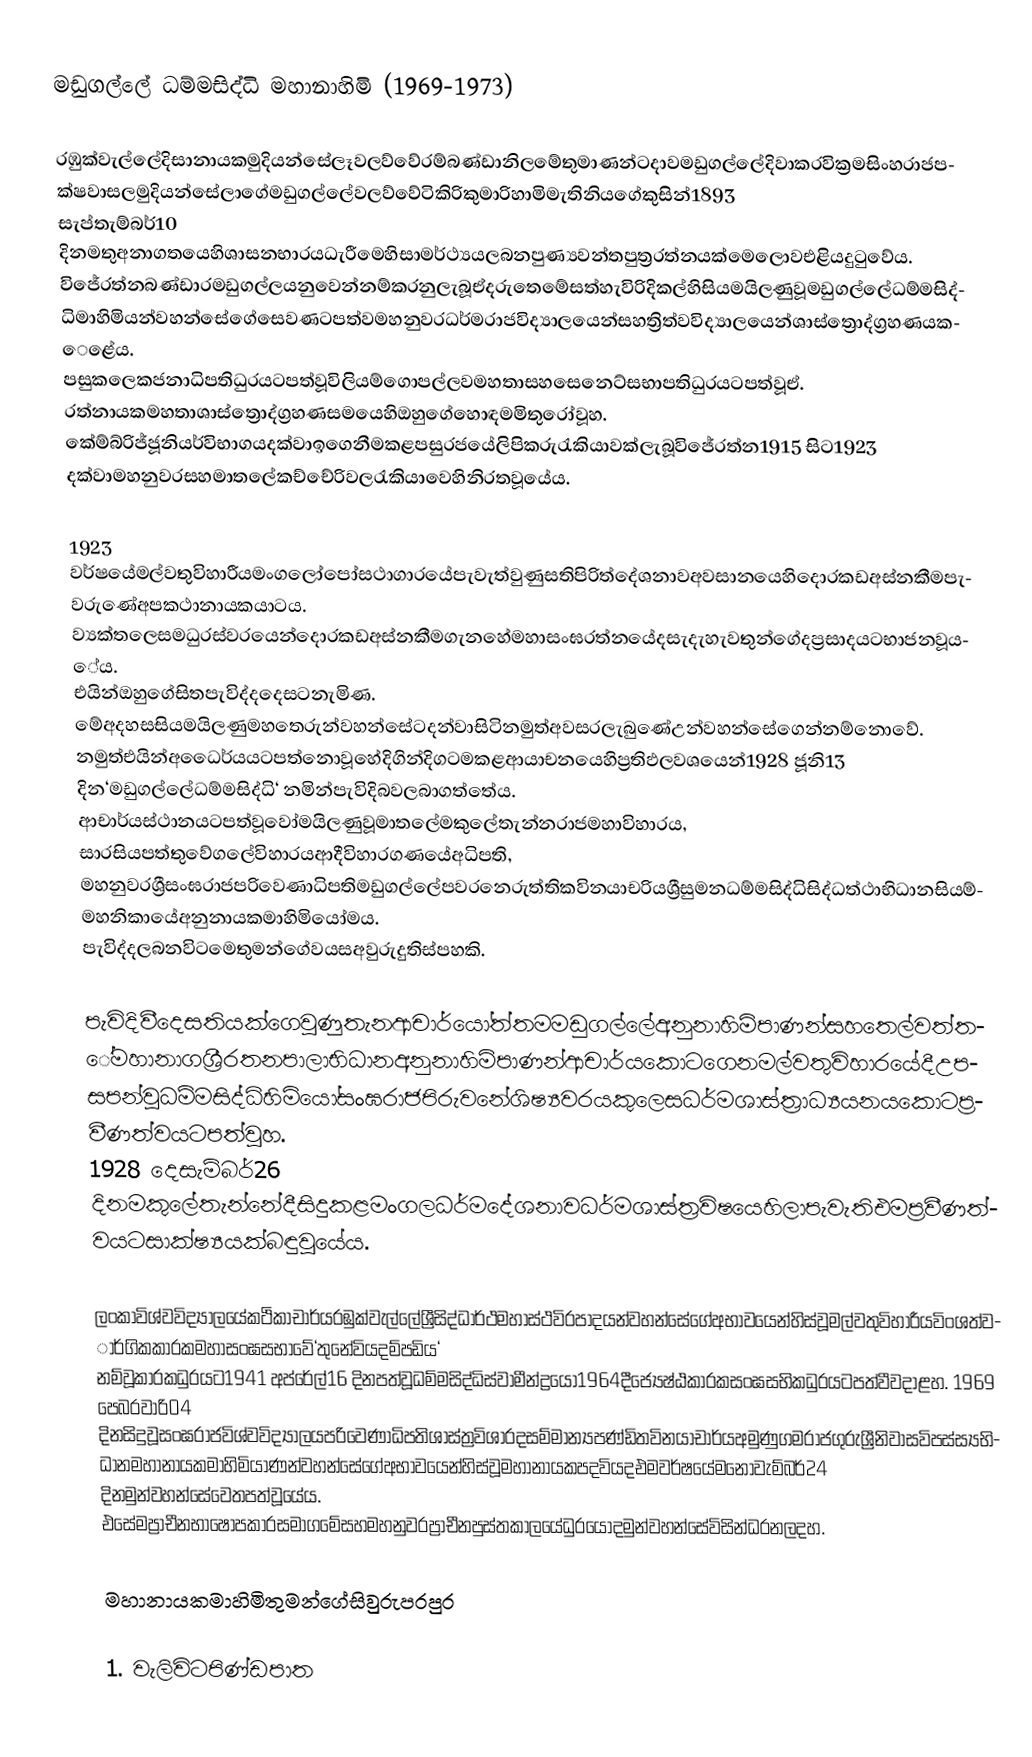
මඩුගල්ලේ ධම්මසිද්ධි මහානාහිමි (1969-1973)

රඹුක්වැල්ලේදිසානායකමුදියන්සේලෑවලව්වේරම්බණ්ඩානිලමේතුමාණන්ටදාවමඩුගල්ලේදිවාකරවික්‍රමසිංහරාජපක්ෂවාසලමුදියන්සේලාගේමඩුගල්ලේවලව්වේටිකිරිකුමාරිහාමිමැතිනියගේකුසින්1893 සැප්තැම්බර්10 දිනමතුඅනාගතයෙහිශාසනභාරයධැරීමෙහිසාමර්ථ්‍යයලබනපුණ්‍යවන්තපුත්‍රරත්නයක්මෙලොවඑළියදුටුවේය. විජේරත්නබණ්ඩාරමඩුගල්ලයනුවෙන්නම්කරනුලැබූඒදරුතෙමේසත්හැවිරිදිකල්හිසියමයිලණුවූමඩුගල්ලේධම්මසිද්ධිමාහිමියන්වහන්සේගේසෙවණටපත්වමහනුවරධර්මරාජවිද්‍යාලයෙන්සහත්‍රිත්වවිද්‍යාලයෙන්ශාස්ත්‍රොද්ග්‍රහණයකෙළේය. පසුකලෙකජනාධිපතිධුරයටපත්වූවිලියම්ගොපල්ලවමහතාසහසෙනෙට්සභාපතිධුරයටපත්වූඒ. රත්නායකමහතාශාස්ත්‍රොද්ග්‍රහණසමයෙහිඔහුගේහොඳමමිතුරෝවූහ. කේම්බ්රිජ්ජූනියර්විභාගයදක්වාඉගෙනීමකළපසුරජයේලිපිකරුරැකියාවක්ලැබූවිජේරත්න1915 සිට1923 දක්වාමහනුවරසහමාතලේකච්චේරිවලරැකියාවෙහිනිරතවූයේය.

1923 වර්ෂයේමල්වතුවිහාරීයමංගලෝපෝසථාගාරයේපැවැත්වුණුසතිපිරිත්දේශනාවඅවසානයෙහිදොරකඩඅස්නකීමපැවරුණේඅපකථානායකයාටය. ව්‍යක්තලෙසමධුරස්වරයෙන්දොරකඩඅස්නකීමගැනහේමහාසංඝරත්නයේදසැදැහැවතුන්ගේදප්‍රසාදයටභාජනවූයේය. එයින්ඔහුගේසිතපැවිද්දදෙසටනැමිණ. මේඅදහසසියමයිලණුමහතෙරුන්වහන්සේටදන්වාසිටිනමුත්අවසරලැබුණේඋන්වහන්සේගෙන්නම්නොවේ. නමුත්එයින්අධෛර්යයටපත්නොවූහේදිගින්දිගටමකළආයාචනයෙහිප්‍රතිඵලවශයෙන්1928 ජූනි13 දින‘මඩුගල්ලේධම්මසිද්ධි‘ නමින්පැවිදිබවලබාගත්තේය. ආචාර්යස්ථානයටපත්වූවෝමයිලණුවූමාතලේමකුලේතැන්නරාජමහාවිහාරය, සාරසියපත්තුවේගලේවිහාරයආදීවිහාරගණයේඅධිපති, මහනුවරශ්‍රීසංඝරාජපරිවෙණාධිපතිමඩුගල්ලේපවරනෙරුත්තිකවිනයාචරියශ්‍රීසුමනධම්මසිද්ධිසිද්ධත්ථාභිධානසියම්මහනිකායේඅනුනායකමාහිමියෝමය. පැවිද්දලබනවිටමෙතුමන්ගේවයසඅවුරුදුතිස්පහකි.

පැවිදිවීදෙසතියක්ගෙවුණුතැනආචාර්යෝත්තමමඩුගල්ලේඅනුනාහිමිපාණන්සහතෙල්වත්තේමහානාගශ්‍රීරතනපාලාභිධානඅනුනාහිමිපාණන්ආචාර්යකොටගෙනමල්වතුවිහාරයේදීඋපසපන්වූධම්මසිද්ධිහිමියෝසංඝරාජපිරුවනේශිෂ්‍යවරයකුලෙසධර්මශාස්ත්‍රාධ්‍යයනයකොටප්‍රවීණත්වයටපත්වූහ. 1928 දෙසැම්බර්26 දිනමකුලේතැන්නේදීසිදුකළමංගලධර්මදේශනාවධර්මශාස්ත්‍රවිෂයෙහිලාපැවැතිඑමප්‍රවීණත්වයටසාක්ෂ්‍යයක්බඳුවූයේය.

ලංකාවිශ්වවිද්‍යාලයේකථිකාචාර්යරඹුක්වැල්ලේශ්‍රීසිද්ධාර්ථමහාස්ථවිරපාදයන්වහන්සේගේඅභාවයෙන්හිස්වූමල්වතුවිහාරීයවිංශත්වාර්ගිකකාරකමහාසංඝසභාවේ‘තුනේවියදම්පඩිය‘ නම්වූකාරකධුරයට1941 අප්රේල්16 දිනපත්වූධම්මසිද්ධිස්වාමීන්ද්‍රයෝ1964දීජ්‍යෙෂ්ඨකාරකසංඝසභිකධුරයටපත්වීවදාළහ. 1969 පෙබරවාරි04 දිනසිදුවූසංඝරාජවිශ්වවිද්‍යාලයපරිවෙණාධිපතිශාස්ත්‍රවිශාරදසම්මාන්‍යපණ්ඩිතවිනයාචාර්යඅමුණුගමරාජගුරුශ්‍රීනිවාසවිපස්ස්‍යභිධානමහානායකමාහිමියාණන්වහන්සේගේඅභාවයෙන්හිස්වූමහානායකපදවියදඑමවර්ෂයේමනොවැම්බර්24 දිනමුන්වහන්සේවෙතපත්වූයේය. එසේමප්‍රාචීනභාෂෝපකාරසමාගමේසහමහනුවරප්‍රාචීනපුස්තකාලයේධුරයෝදමුන්වහන්සේවිසින්ධරනලදහ.

මහානායකමාහිමිතුමන්ගේසිවුරුපරපුර

1. වැලිවිටපිණ්ඩපාත